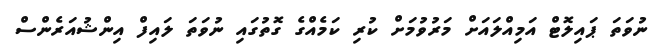
ނުވަތަ ޕައިލޮޓް އަމިއްލައަށް މަރުވުމަށް ކުރި ކަމެއްގެ ގޮތުގައި ނުވަތަ ލައިފް އިންޝުއަރެންސް